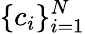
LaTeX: \{ c_{i}\} _{i=1}^{N}